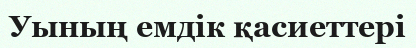
Уының емдік қасиеттері